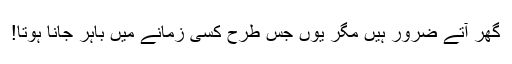
گھر آتے ضرور ہیں مگر یوں جس طرح کسی زمانے میں باہر جانا ہوتا!